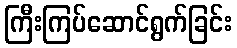
ကြီးကြပ်ဆောင်ရွက်ခြင်း